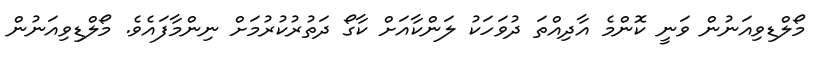
މޯލްޑިވިއަނުން ވަނީ ކޮންމެ އާދިއްތަ ދުވަހަކު ލަންކާއަށް ކާގޯ ދަތުރުކުރުމަށް ނިންމާފައެވެ. މޯލްޑިވިއަނުން